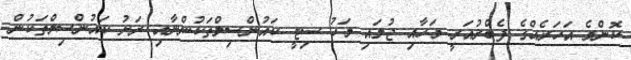
ކޮންމެ އަހަރެެއްގެ ފެބްރުއަރީ މަހާއި ޖުލައި މަހު ސިޓީ ކައުންސިލްތަކުންނާއި ރަށު ކައުންސިލްތަކުން